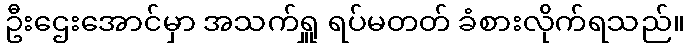
ဦးဌေးအောင်မှာ အသက်ရှူ ရပ်မတတ် ခံစားလိုက်ရသည်။